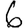
Digit: 6